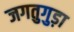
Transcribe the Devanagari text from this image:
जगतुगुड़ा